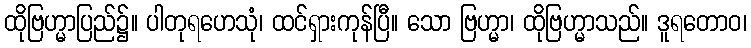
ထိုဗြဟ္မာပြည်၌။ ပါတုရဟေသုံ၊ ထင်ရှားကုန်ပြီ။ သော ဗြဟ္မာ၊ ထိုဗြဟ္မာသည်။ ဒူရတောဝ၊